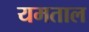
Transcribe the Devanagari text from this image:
यमताल